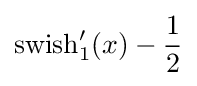
\operatorname {swish} _{1}'(x)-{\frac {1}{2}}